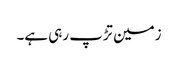
زمین تڑپ رہی ہے۔